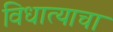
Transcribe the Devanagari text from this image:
विधात्याचा